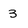
Character: 3